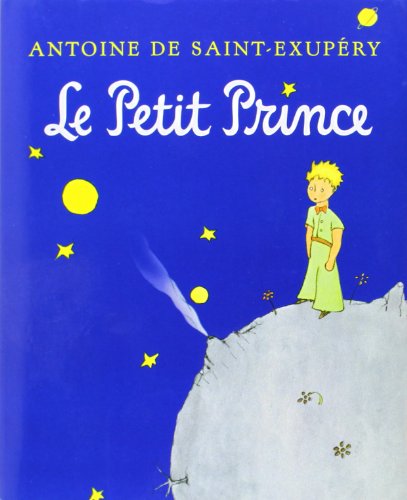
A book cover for Le Petit Prince: French Edition; Antoine de Saint-ExupÃ©ry; Teen & Young Adult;